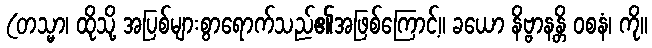
(တသ္မာ၊ ထိုသို့ အပြစ်များစွာရောက်သည်၏အဖြစ်ကြောင့်။ ခယော နိဗ္ဗာနန္တိ ဝစနံ၊ ကို။